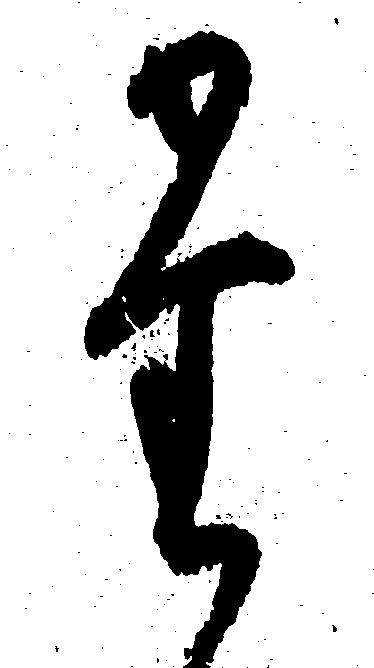
た